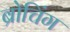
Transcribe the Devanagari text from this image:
ब्रोचिंग